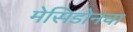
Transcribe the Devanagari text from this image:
मेसिडोनचा